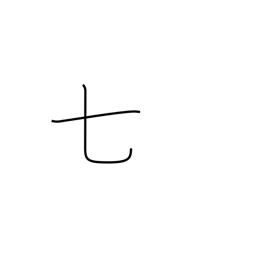
Meaning: seven